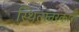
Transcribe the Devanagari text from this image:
स्थित्यंतरकारी